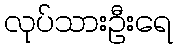
လုပ်သားဦးရေ